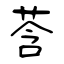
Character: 莟